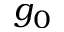
g _ { 0 }